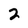
Character: 2